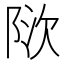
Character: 𬯃